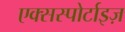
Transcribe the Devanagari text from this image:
एक्सस्पोर्टाइज़